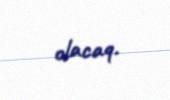
olacaq.